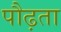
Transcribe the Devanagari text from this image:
पौढ़ता